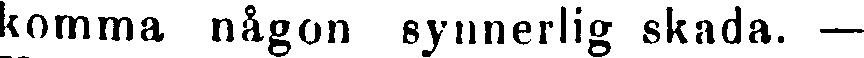
komma någon synnerlig skada. —